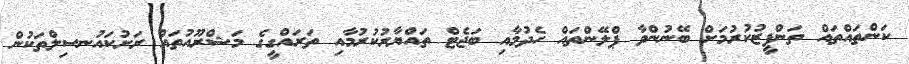
ކަންތައްތައް ތަންފީޒުކުރުމަށް ބޭނުންވާ ޕްލޭންތައް ހެދުމާއި ބަޖެޓް ތައްޔާރުކުރުމާއި ތަރައްގީގެ މަޝްރޫއުތައް ރަށުކައުނސިލްތަކުން